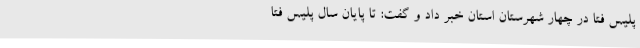
پلیس فتا در چهار شهرستان استان خبر داد و گفت: تا پایان سال پلیس فتا